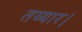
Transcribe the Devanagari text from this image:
तय्यार।